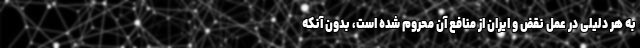
به هر دلیلی در عمل نقض و ایران از منافع آن محروم شده است، بدون آنکه